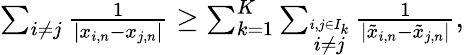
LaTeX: \begin{array}{r}{\sum_{i\not=j}{\frac{1}{|x_{i,n}-x_{j,n}|}}\geq\sum_{k=1}^{K}\sum_{\stackrel{i,j\in I_{k}}{i\not=j}}{\frac{1}{|\tilde{x}_{i,n}-\tilde{x}_{j,n}|}},}\end{array}